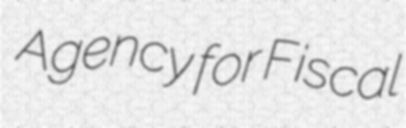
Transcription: Agency for Fiscal